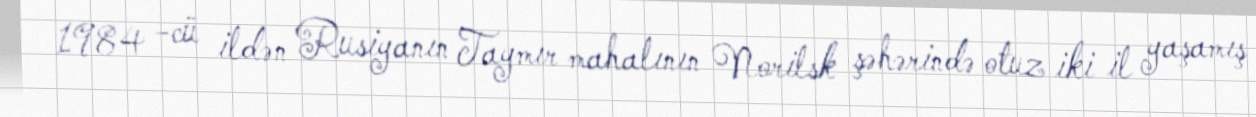
1984 -cü ildən Rusiyanın Taymır mahalının Norilsk şəhərində otuz iki il yaşamış